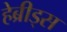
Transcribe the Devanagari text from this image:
हेब्रीड्स